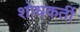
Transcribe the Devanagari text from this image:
शोधकर्ती